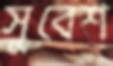
সুবেশ